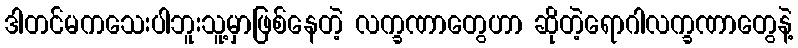
ဒါတင်မကသေးပါဘူးသူ့မှာဖြစ်နေတဲ့ လက္ခဏာတွေဟာ ဆိုတဲ့ရောဂါလက္ခဏာတွေနဲ့